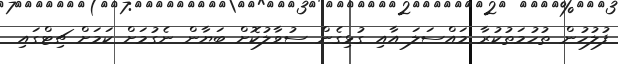
ފުލުހުން ތުހުމަތުކުރާ މައްސަލަ އާއި ގުޅިގެން ސުވާލުކޮށް ބަޔާން ނެގުމަށް ކަމަށް ޗިޓްގައި